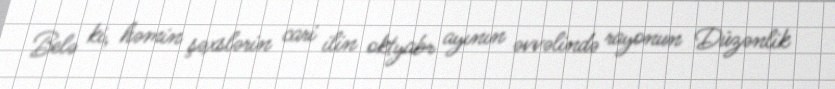
Belə ki, həmin şəxslərin cari ilin oktyabr ayının əvvəlində rayonun Düzənlik